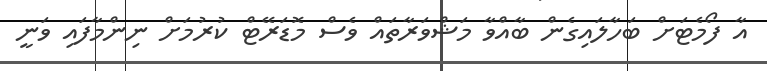
އާ ފޯމެޓަށް ބަހާލައިގެން ބާއްވާ މަޝްވަރާތައް ވެސް މޮޑަރޭޓް ކުރުމަށް ނިންމާފައި ވަނީ